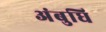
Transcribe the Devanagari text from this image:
अंबुधि